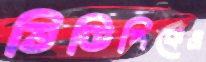
ভিডিপিকেও